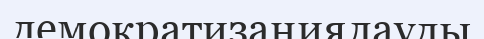
демократизаңиялауды